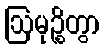
ဩမုဉ္စိတွာ